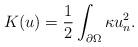
LaTeX: \begin{align*}K(u)=\dfrac{1}{2}\int_{\partial\Omega}\kappa u_n^2.\end{align*}